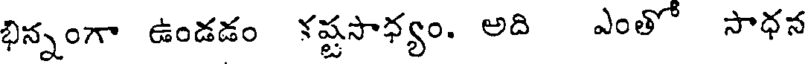
భిన్నంగా ఉండడం కష్టసాధ్యం. అది ఎంతో సాధన